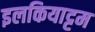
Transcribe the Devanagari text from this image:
इलकियाट्टम